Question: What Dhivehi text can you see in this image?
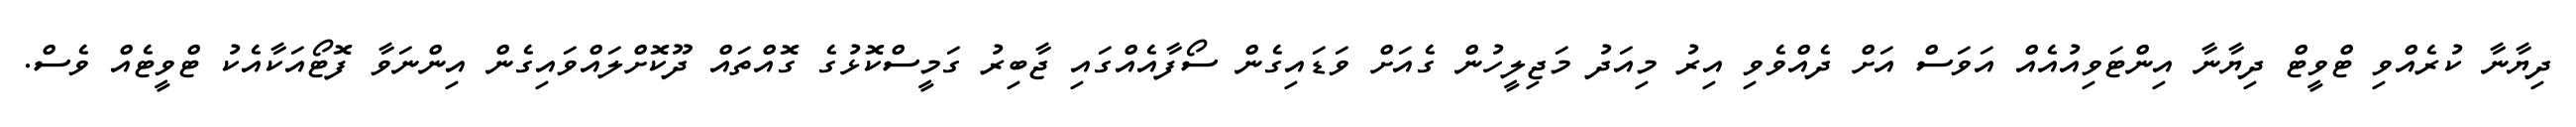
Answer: ދިޔާނާ ކުރެއްވި ޓްވީޓް ދިޔާނާ އިންޓަވިއުއެއް އަވަސް އަށް ދެއްވެވި އިރު މިއަދު މަޖިލީހުން ގެއަށް ވަޑައިގެން ސޯފާއެއްގައި ޖާބިރު ގަމީސްކޮޅުގެ ގޮއްތައް ދޫކޮށްލައްވައިގެން އިންނަވާ ފޮޓޯއަކާއެކު ޓްވީޓެއް ވެސް.